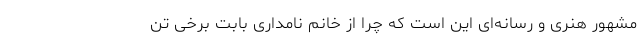
مشهور هنری و رسانه‌ای این است که چرا از خانم نامداری بابت برخی تن